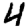
Digit: 4